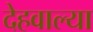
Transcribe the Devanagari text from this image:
देहवाल्या